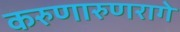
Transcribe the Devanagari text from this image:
करुणारुणरागे